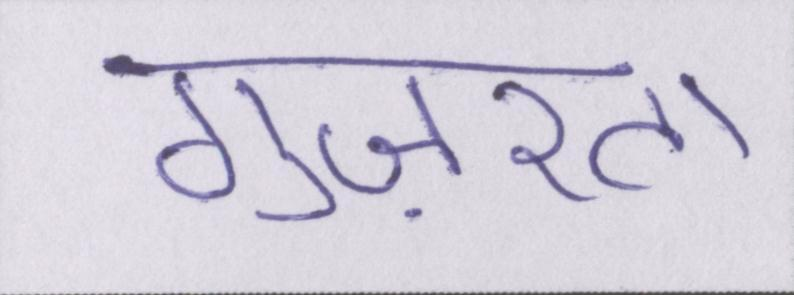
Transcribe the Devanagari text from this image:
गुज़रता